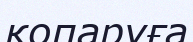
қопаруға